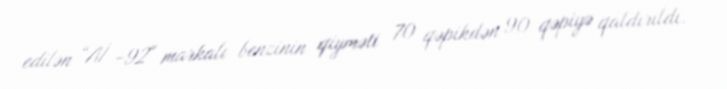
edilən “Aİ -92" markalı benzinin qiyməti 70 qəpikdən 90 qəpiyə qaldırıldı.